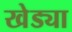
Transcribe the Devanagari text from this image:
खेड्या